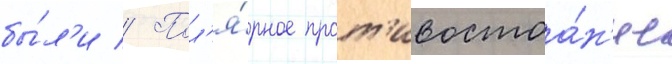
бы́л'и // Пол'я́рное прот'ивостоа́н'ие